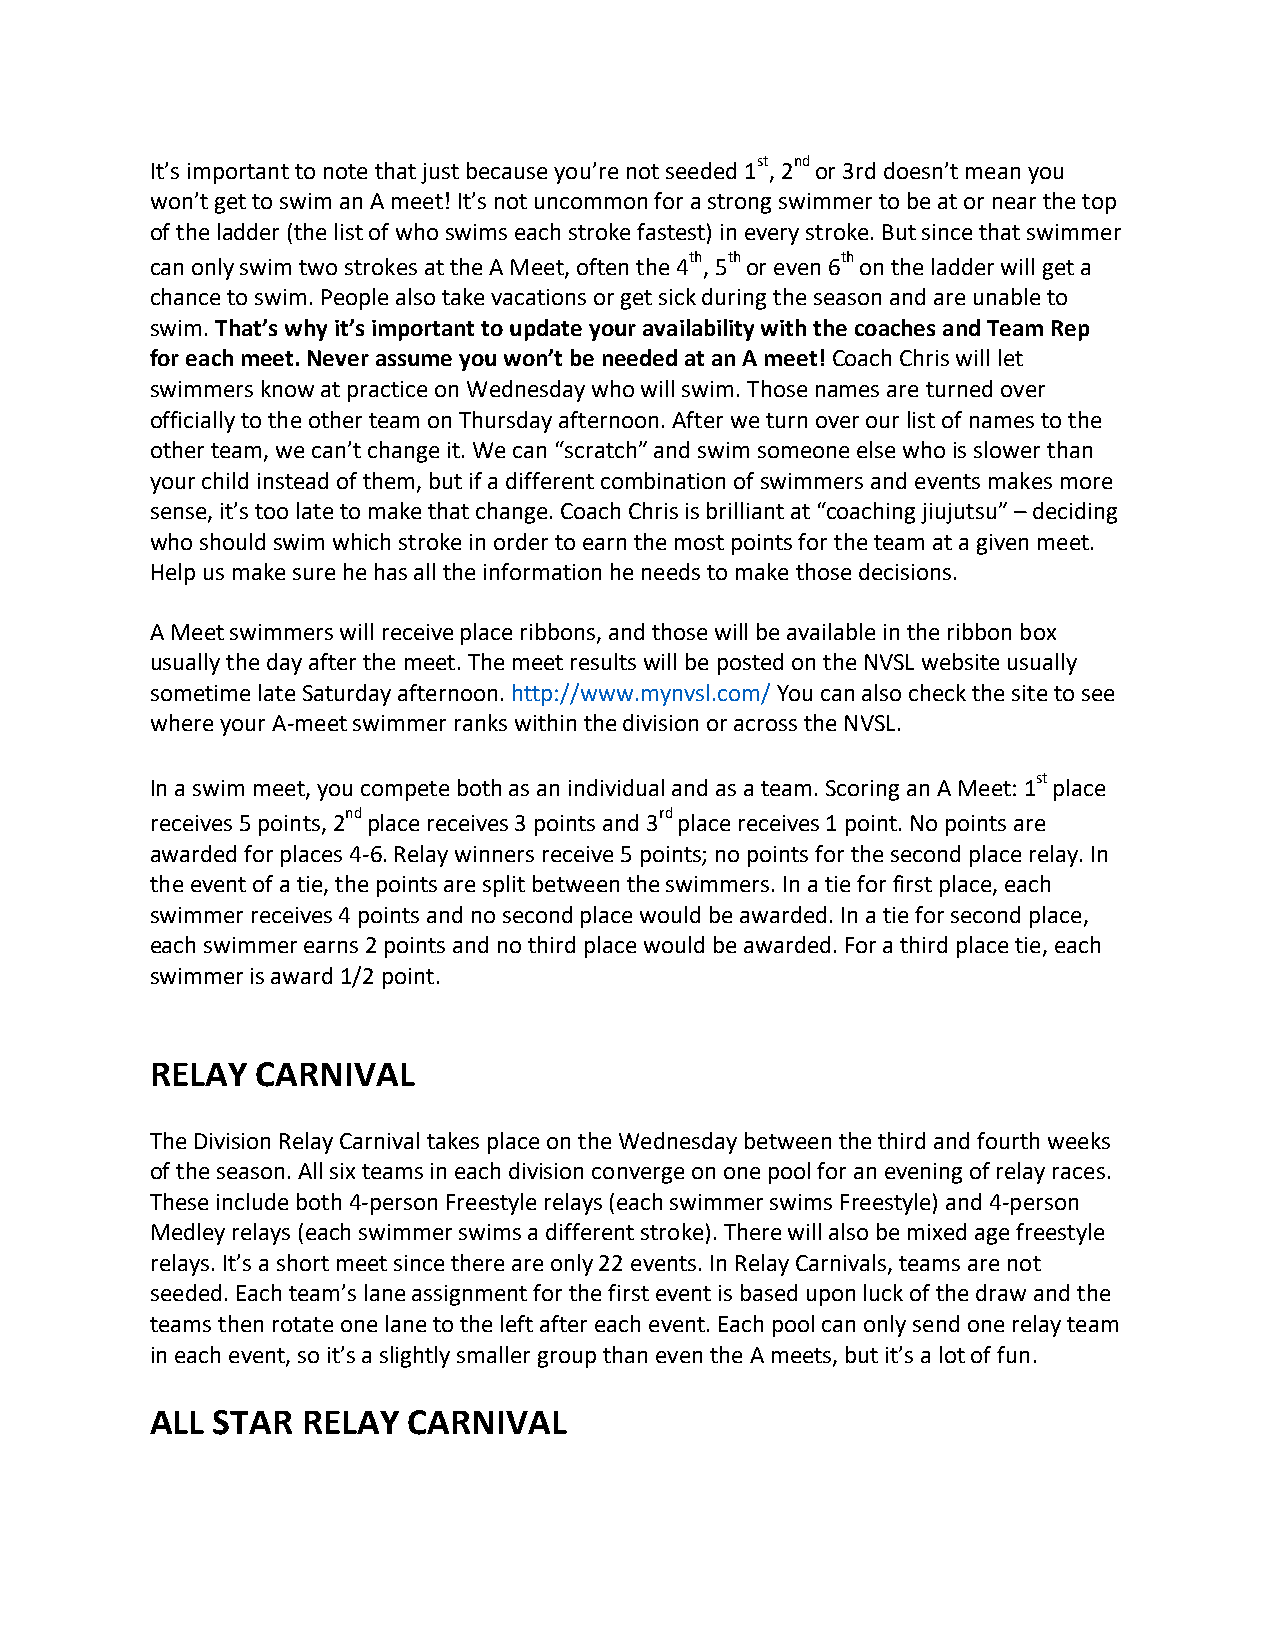
st nd
 It’s important to note that just because you’re not seeded 1 , 2 or 3rd doesn’t mean you
 won’t get to swim an A meet! It’s not uncommon for a strong swimmer to be at or near the top
 of the ladder (the list of who swims each stroke fastest) in every stroke. But since that swimmer
 th th     th
 can only swim two strokes at the A Meet, often the 4 , 5 or even 6 on the ladder will get a
 chance to swim. People also take vacations or get sick during the season and are unable to
 swim. That’s why it’s important to update your availability with the coaches and Team Rep
 for each meet. Never assume you won’t be needed at an A meet! Coach Chris will let
 swimmers know at practice on Wednesday who will swim. Those names are turned over
 officially to the other team on Thursday afternoon. After we turn over our list of names to the
 other team, we can’t change it. We can “scratch” and swim someone else who is slower than
 your child instead of them, but if a different combination of swimmers and events makes more
 sense, it’s too late to make that change. Coach Chris is brilliant at “coaching jiujutsu” – deciding
 who should swim which stroke in order to earn the most points for the team at a given meet.
 Help us make sure he has all the information he needs to make those decisions.
 A Meet swimmers will receive place ribbons, and those will be available in the ribbon box
 usually the day after the meet. The meet results will be posted on the NVSL website usually
 sometime late Saturday afternoon. http://www.mynvsl.com/ You can also check the site to see
 where your A-meet swimmer ranks within the division or across the NVSL.
 st
 In a swim meet, you compete both as an individual and as a team. Scoring an A Meet: 1 place
 nd                   rd
 receives 5 points, 2 place receives 3 points and 3 place receives 1 point. No points are
 awarded for places 4-6. Relay winners receive 5 points; no points for the second place relay. In
 the event of a tie, the points are split between the swimmers. In a tie for first place, each
 swimmer receives 4 points and no second place would be awarded. In a tie for second place,
 each swimmer earns 2 points and no third place would be awarded. For a third place tie, each
 swimmer is award 1/2 point.
 RELAY  CARNIVAL
 The Division Relay Carnival takes place on the Wednesday between the third and fourth weeks
 of the season. All six teams in each division converge on one pool for an evening of relay races.
 These include both 4-person Freestyle relays (each swimmer swims Freestyle) and 4-person
 Medley relays (each swimmer swims a different stroke). There will also be mixed age freestyle
 relays. It’s a short meet since there are only 22 events. In Relay Carnivals, teams are not
 seeded. Each team’s lane assignment for the first event is based upon luck of the draw and the
 teams then rotate one lane to the left after each event. Each pool can only send one relay team
 in each event, so it’s a slightly smaller group than even the A meets, but it’s a lot of fun.
 ALL STAR  RELAY  CARNIVAL